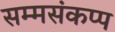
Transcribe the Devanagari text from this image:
सम्मसंकप्प